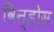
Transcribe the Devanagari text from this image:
विन्डोस